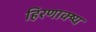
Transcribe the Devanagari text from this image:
हिरणाक्ष्य